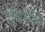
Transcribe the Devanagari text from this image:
देवांगरे